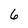
Character: 6